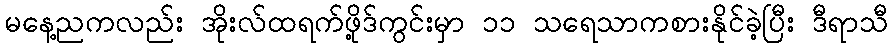
မနေ့ညကလည်း အိုးလ်ထရက်ဖို့ဒ်ကွင်းမှာ ၁၁ သရေသာကစားနိုင်ခဲ့ပြီး ဒီရာသီ